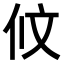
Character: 𠇥